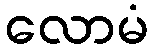
လောမံ